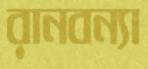
রানবন্যা